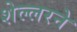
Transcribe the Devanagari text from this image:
शेल्लरने